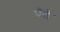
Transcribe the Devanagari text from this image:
पॅरो